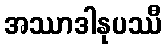
အဿာဒါနုပဿီ